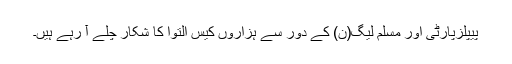
پیپلزپارٹی اور مسلم لیگ(ن) کے دور سے ہزاروں کیس التوا کا شکار چلے آ رہے ہیں۔